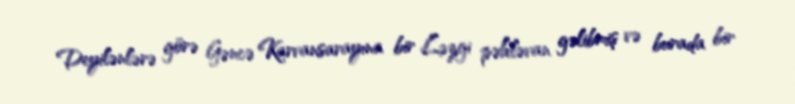
Deyilənlərə görə Gəncə Karvansarayına bir Ləzgi pəhləvan gəlibmiş və burada bir